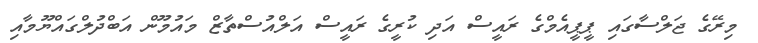
މިރޭގެ ޖަލްސާގައި ޕީޕީއެމްގެ ރައީސް އަދި ކުރީގެ ރައީސް އަލްއުސްތާޒް މައުމޫން އަބްދުލްގައްޔޫމާއި